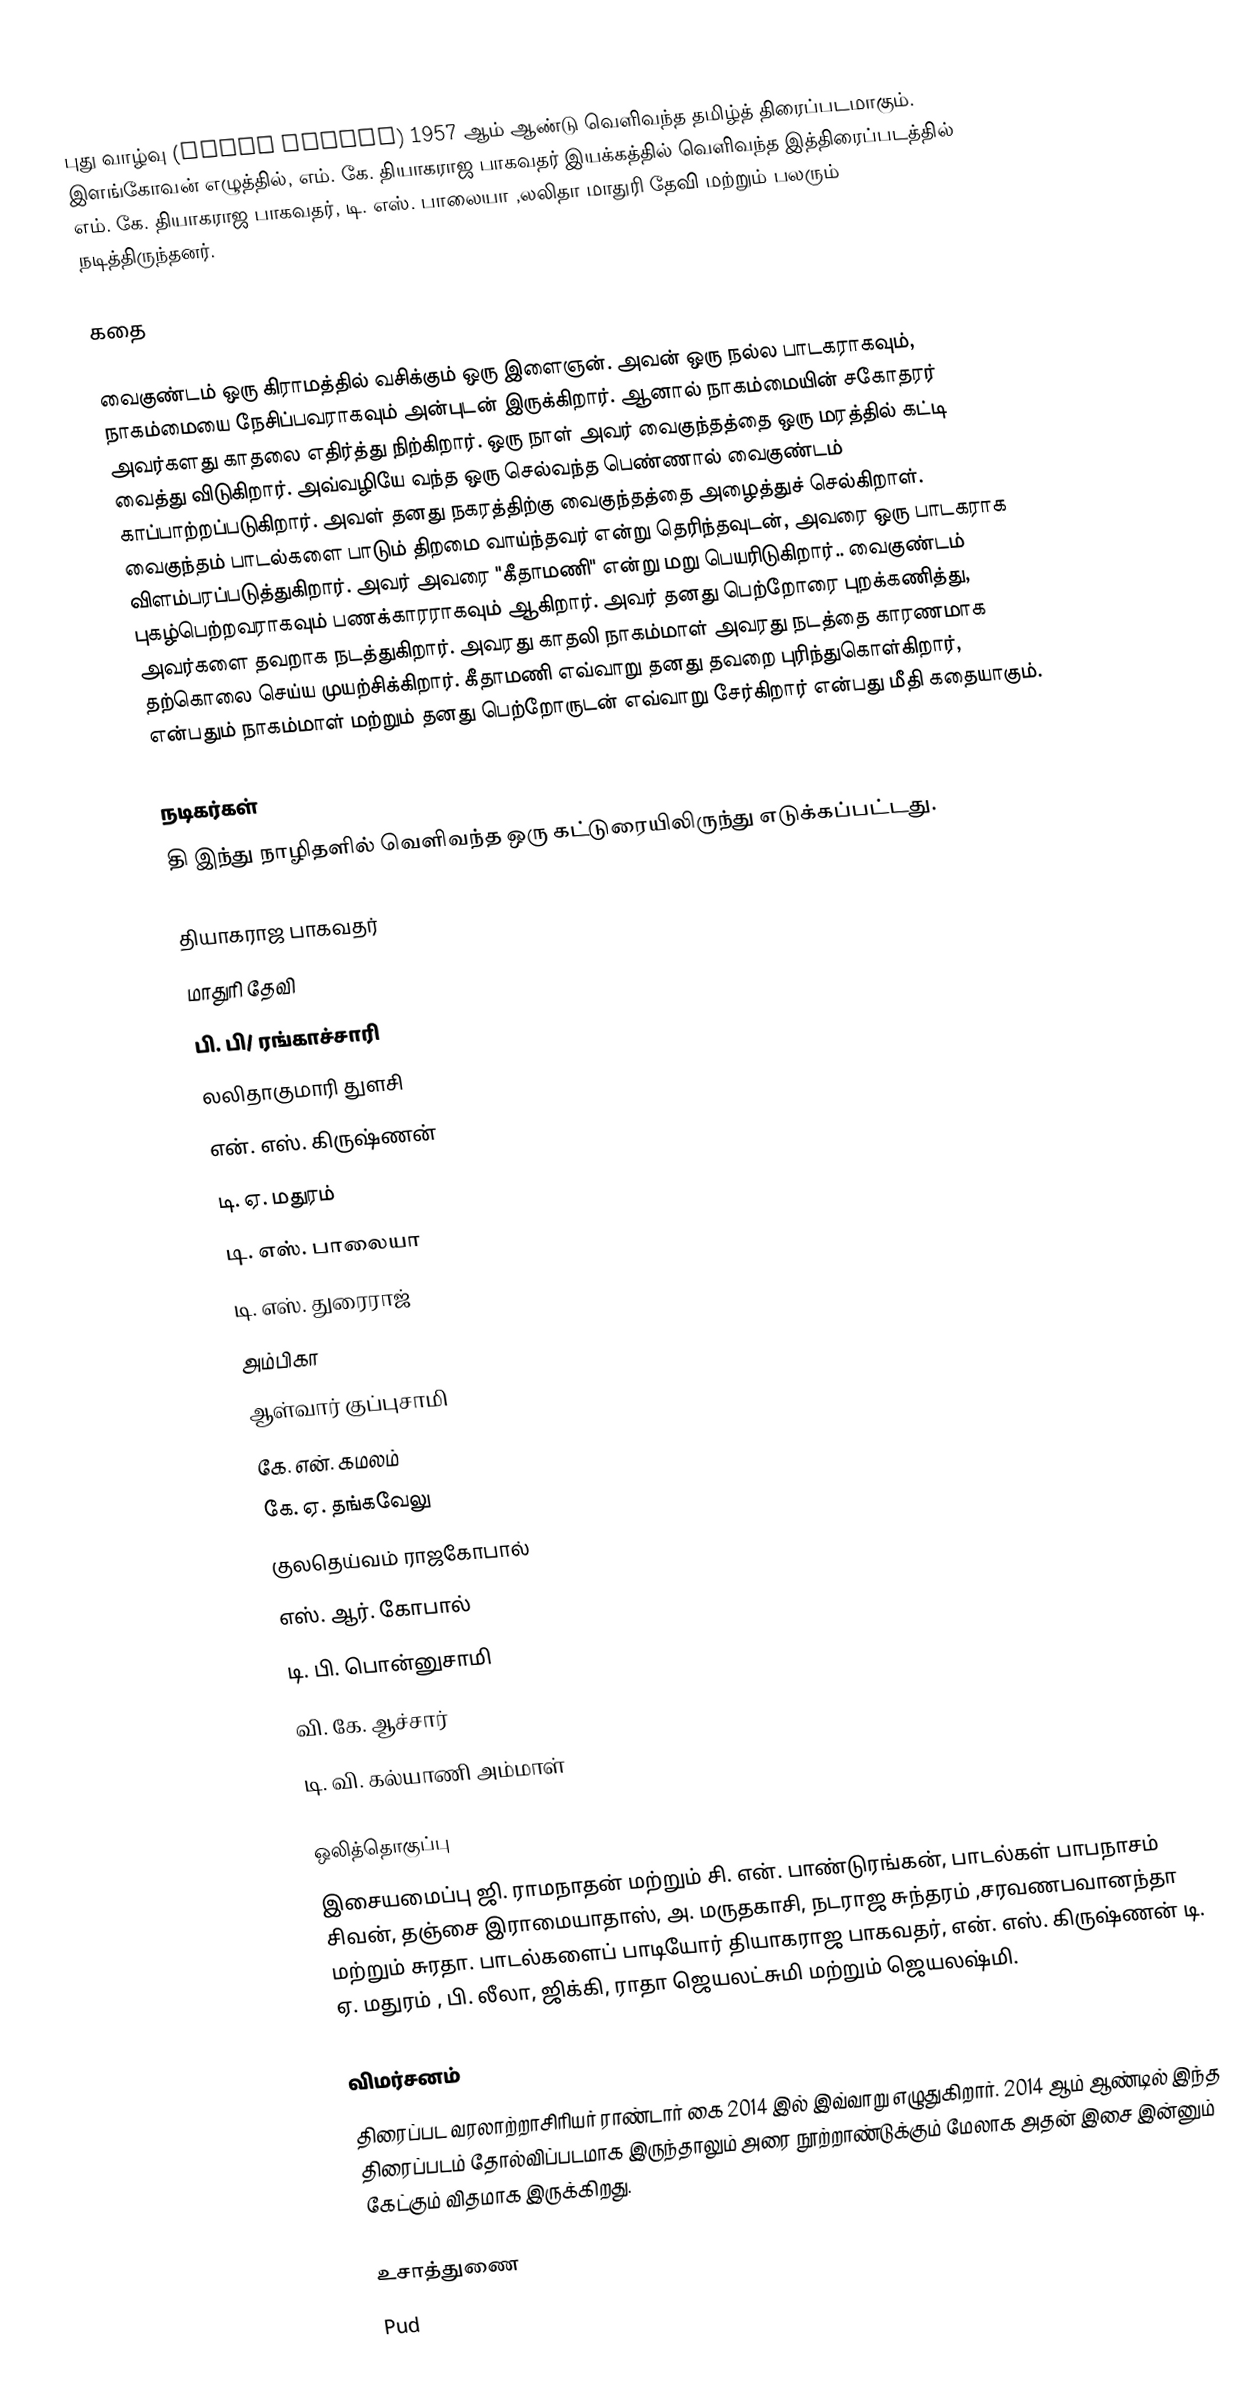
புது வாழ்வு (Pudhu Vazhvu) 1957 ஆம் ஆண்டு வெளிவந்த தமிழ்த் திரைப்படமாகும்.  இளங்கோவன் எழுத்தில், எம். கே. தியாகராஜ பாகவதர் இயக்கத்தில் வெளிவந்த இத்திரைப்படத்தில் எம். கே. தியாகராஜ பாகவதர், டி. எஸ். பாலையா ,லலிதா மாதுரி தேவி மற்றும் பலரும் நடித்திருந்தனர்.

கதை

வைகுண்டம் ஒரு கிராமத்தில் வசிக்கும் ஒரு இளைஞன். அவன் ஒரு நல்ல பாடகராகவும், நாகம்மையை நேசிப்பவராகவும் அன்புடன் இருக்கிறார். ஆனால் நாகம்மையின் சகோதரர் அவர்களது காதலை எதிர்த்து நிற்கிறார். ஒரு நாள் அவர்  வைகுந்தத்தை ஒரு மரத்தில் கட்டி வைத்து விடுகிறார். அவ்வழியே வந்த ஒரு செல்வந்த பெண்ணால் வைகுண்டம் காப்பாற்றப்படுகிறார். அவள் தனது நகரத்திற்கு வைகுந்தத்தை அழைத்துச் செல்கிறாள்.  வைகுந்தம் பாடல்களை பாடும் திறமை வாய்ந்தவர் என்று தெரிந்தவுடன், அவரை ஒரு பாடகராக விளம்பரப்படுத்துகிறார். அவர் அவரை "கீதாமணி" என்று மறு பெயரிடுகிறார்.. வைகுண்டம் புகழ்பெற்றவராகவும் பணக்காரராகவும் ஆகிறார். அவர் தனது பெற்றோரை புறக்கணித்து, அவர்களை தவறாக நடத்துகிறார். அவரது காதலி நாகம்மாள் அவரது நடத்தை காரணமாக தற்கொலை செய்ய முயற்சிக்கிறார். கீதாமணி எவ்வாறு தனது தவறை புரிந்துகொள்கிறார், என்பதும் நாகம்மாள் மற்றும் தனது பெற்றோருடன்  எவ்வாறு சேர்கிறார் என்பது மீதி கதையாகும்.

நடிகர்கள்
தி இந்து நாழிதளில் வெளிவந்த ஒரு கட்டுரையிலிருந்து எடுக்கப்பட்டது.

தியாகராஜ பாகவதர்
மாதுரி தேவி
பி. பி/ ரங்காச்சாரி
லலிதாகுமாரி துளசி
என். எஸ். கிருஷ்ணன்
டி. ஏ. மதுரம்
டி. எஸ். பாலையா
டி. எஸ். துரைராஜ்
அம்பிகா
ஆள்வார் குப்புசாமி
கே. என். கமலம்
கே. ஏ. தங்கவேலு
குலதெய்வம் ராஜகோபால்
எஸ். ஆர். கோபால்
டி. பி. பொன்னுசாமி
வி. கே. ஆச்சார்
டி. வி. கல்யாணி அம்மாள்

ஒலித்தொகுப்பு
இசையமைப்பு ஜி. ராமநாதன் மற்றும் சி. என். பாண்டுரங்கன், பாடல்கள் பாபநாசம் சிவன், தஞ்சை இராமையாதாஸ், அ. மருதகாசி, நடராஜ சுந்தரம் ,சரவணபவானந்தா மற்றும் சுரதா. பாடல்களைப் பாடியோர் தியாகராஜ பாகவதர், என். எஸ். கிருஷ்ணன் டி. ஏ. மதுரம் , பி. லீலா, ஜிக்கி, ராதா ஜெயலட்சுமி மற்றும் ஜெயலஷ்மி.

விமர்சனம்
திரைப்பட வரலாற்றாசிரியர்  ராண்டார் கை  2014 இல் இவ்வாறு எழுதுகிறார். 2014 ஆம் ஆண்டில் இந்த திரைப்படம் தோல்விப்படமாக இருந்தாலும் அரை நூற்றாண்டுக்கும் மேலாக அதன் இசை இன்னும் கேட்கும் விதமாக இருக்கிறது.

உசாத்துணை
Pud